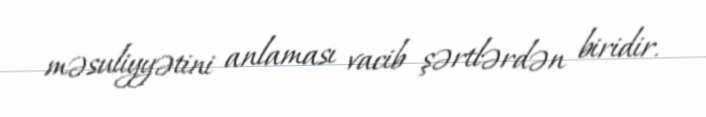
məsuliyyətini anlaması vacib şərtlərdən biridir.